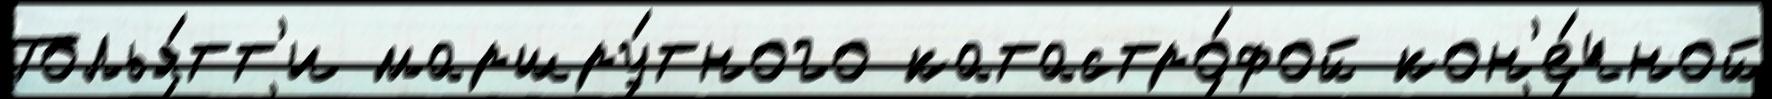
Толья́тт'и маршру́тного катастро́фой кон'е́чной